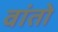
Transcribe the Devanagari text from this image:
वांतो